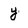
Character: y